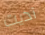
آذيت